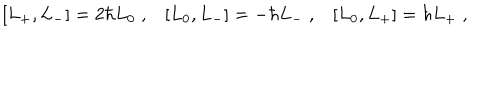
LaTeX: \left[ L _ { + } , L _ { - } \right] = 2 \hbar L _ { 0 } \; , \left[ L _ { 0 } , L _ { - } \right] = - \hbar L _ { - } \; , \left[ L _ { 0 } , L _ { + } \right] = \hbar L _ { + } \; ,